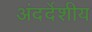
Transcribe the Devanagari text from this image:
अंदर्देशीय